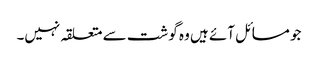
جو مسائل آئے ہیں وہ گوشت سے متعلقہ نہیں۔